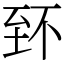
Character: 𦤹